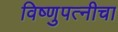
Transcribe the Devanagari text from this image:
विष्णुपत्नीचा